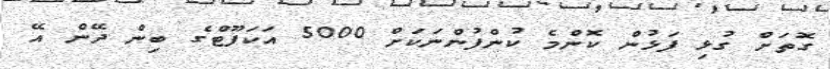
ގޮތަށް ގުޅި ފަޅުން ކޮންމެ ކުންފުންނަކަށް 5000 އަކަފޫޓްގެ ބިން ދޭން އޭ